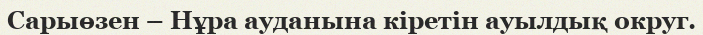
Сарыөзен – Нұра ауданына кіретін ауылдық округ.